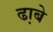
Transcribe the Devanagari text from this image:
ढा़बे